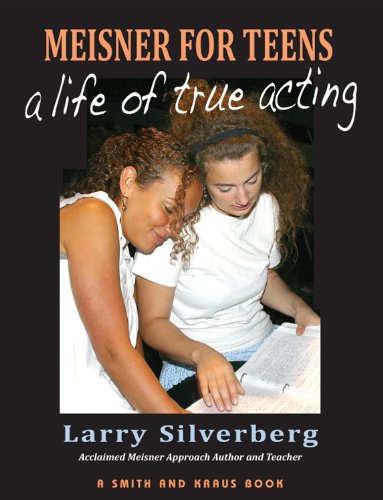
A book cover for Meisner For Teens: A Life of True Acting; Larry Silverberg; Teen & Young Adult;